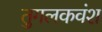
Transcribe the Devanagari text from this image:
तुगलकवंश